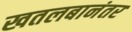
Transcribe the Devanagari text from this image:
खतलबानंतर